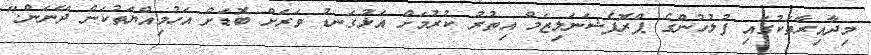
މިދާއިރާތަކުގައި ފުލުހުންގެ ޕްރޮފެޝަނަލިޒަމް އިތުރު ކުރުމަށް އަޅުގަނޑު ވަރަށް ބޮޑަށް އަހުމިއްޔަތުކަން ދޭނަން."